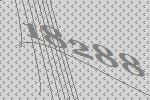
18288